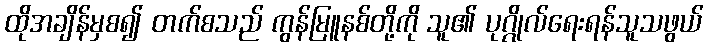
ထိုအချိန်မှစ၍ တက်စသည် ကွန်မြူနစ်တို့ကို သူ၏ ပုဂ္ဂိုလ်ရေးရန်သူသဖွယ်